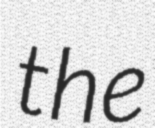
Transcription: the